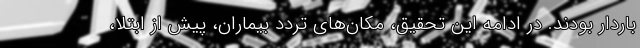
باردار بودند. در ادامه این تحقیق، مکان‌های تردد بیماران، پیش از ابتلا،